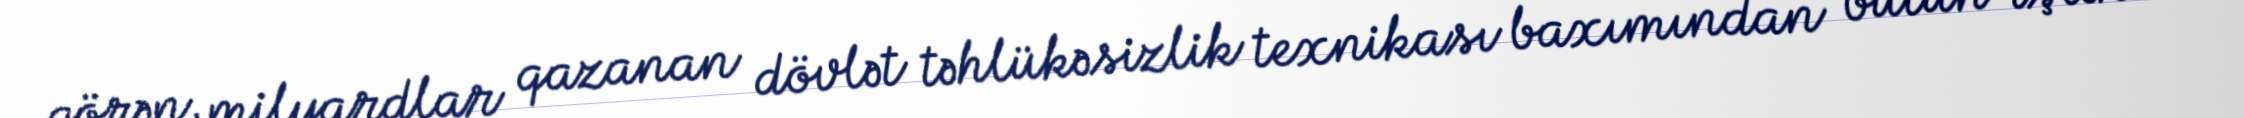
görən, milyardlar qazanan dövlət təhlükəsizlik texnikası baxımından bütün işləri